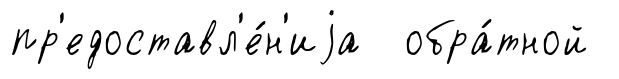
пр'едоставл'е́н'иjа обра́тной